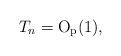
LaTeX: \begin{align*} T_n = \textnormal{O}_{\textnormal{p}}(1),\end{align*}